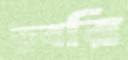
ডুবরি